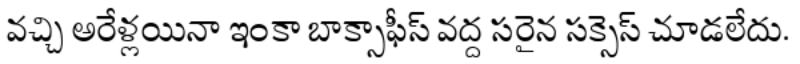
వచ్చి అరేళ్లయినా ఇంకా బాక్సాఫీస్ వద్ద సరైన సక్సెస్ చూడలేదు.